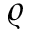
\varrho